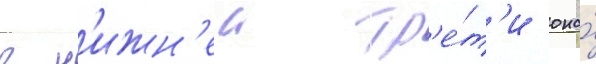
в н'ижн'еи тр'е́т'и она́